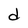
Character: d